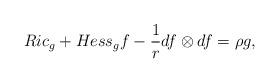
LaTeX: \begin{align*} Ric_g + Hess_gf - \frac{1}{r}df\otimes df = \rho g,\end{align*}